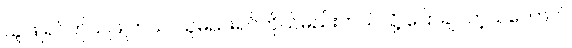
သူဖြူရင်ကိုယ်ဖြူတယ်၊ သူမည်းရင်ကိုယ်မည်းတယ်လို့ ပြောချင်တဲ့သဘောပါ။